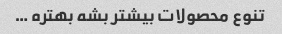
تنوع محصولات بیشتر بشه بهتره …